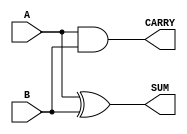
module Parameterized_Half_Adder #(
    parameter WIDTH = 1  // Parameter to define the number of input bits
)(
    input [WIDTH-1:0] A,  // Input A
    input [WIDTH-1:0] B,  // Input B
    output [WIDTH-1:0] SUM, // Output SUM
    output [WIDTH-1:0] CARRY // Output CARRY
);

    // Logic for SUM and CARRY
    assign SUM = A ^ B;    // SUM is the XOR of A and B
    assign CARRY = A & B;  // CARRY is the AND of A and B

endmodule